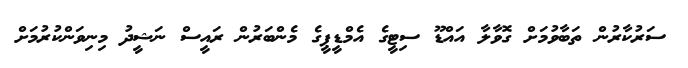
ސަރުކާރުން ތަބާވުމަށް ގޮވާލާ އައްޑޫ ސިޓީގެ އެމްޑީޕީގެ މެންބަރުން ރައީސް ނަޝީދު މިނިވަންކުރުމަށް